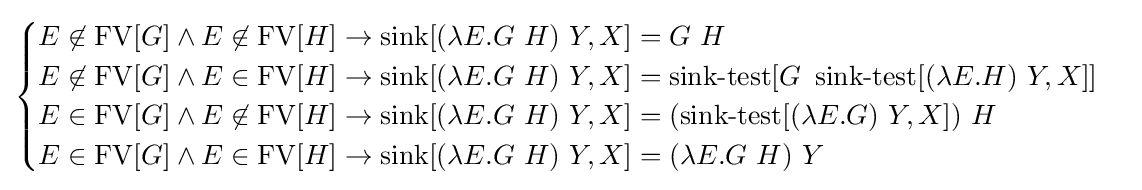
{\begin{cases}E\not \in \operatorname {FV} [G]\land E\not \in \operatorname {FV} [H]\to \operatorname {sink} [(\lambda E.G\ H)\ Y,X]=G\ H\\E\not \in \operatorname {FV} [G]\land E\in \operatorname {FV} [H]\to \operatorname {sink} [(\lambda E.G\ H)\ Y,X]=\operatorname {sink-test} [G\ \operatorname {sink-test} [(\lambda E.H)\ Y,X]]\\E\in \operatorname {FV} [G]\land E\not \in \operatorname {FV} [H]\to \operatorname {sink} [(\lambda E.G\ H)\ Y,X]=(\operatorname {sink-test} [(\lambda E.G)\ Y,X])\ H\\E\in \operatorname {FV} [G]\land E\in \operatorname {FV} [H]\to \operatorname {sink} [(\lambda E.G\ H)\ Y,X]=(\lambda E.G\ H)\ Y\end{cases}}